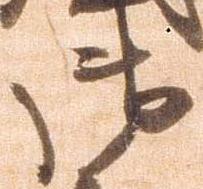
御